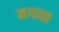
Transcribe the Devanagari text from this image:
नगाता